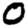
Digit: 0